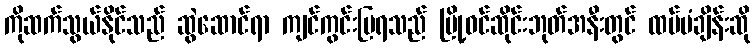
ကိုဆက်သွယ်နိုင်သည် ဆွဲဆောင်ရာ ကျင်ကွင်းပြရသည် မြို့ဝင်ဆိုင်းဘုတ်အနီးတွင် ထပ်မံချိန်းဆို